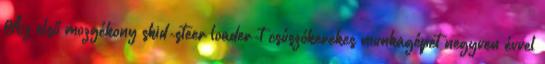
Az első mozgékony skid-steer loader-t csúszókerekes munkagépet negyven évvel